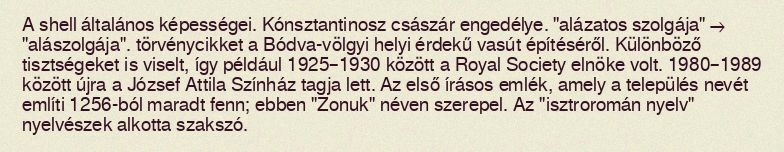
A shell általános képességei. Kónsztantinosz császár engedélye. "alázatos szolgája" → "alászolgája". törvénycikket a Bódva-völgyi helyi érdekű vasút építéséről. Különböző tisztségeket is viselt, így például 1925–1930 között a Royal Society elnöke volt. 1980–1989 között újra a József Attila Színház tagja lett. Az első írásos emlék, amely a település nevét említi 1256-ból maradt fenn; ebben "Zonuk" néven szerepel. Az "isztroromán nyelv" nyelvészek alkotta szakszó.